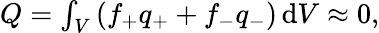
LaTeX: \begin{array}{r}{Q=\int_{V}\left(f_{+}q_{+}+f_{-}q_{-}\right)\, \textrm{d}V\approx 0,}\end{array}